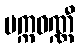
ပက္ကဝဏ္ဏီ